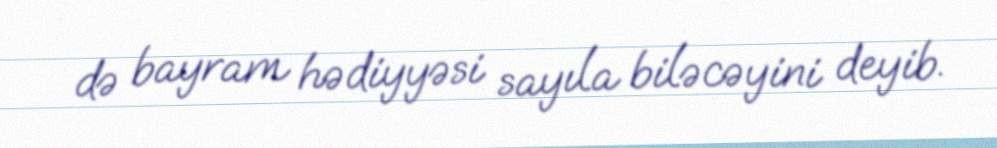
də bayram hədiyyəsi sayıla biləcəyini deyib.